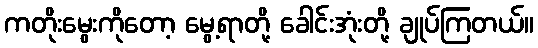
ကတိုးမွေးကိုတော့ မွေ့ရာတို့ ခေါင်းအုံးတို့ ချုပ်ကြတယ်။